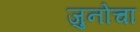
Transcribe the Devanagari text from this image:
जुनोचा